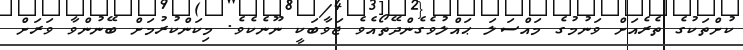
ކުށްތަކުގެ ތެރެއަށް ވަނުމުގެ މައްސަލަ ޙައްލުވެގެންދޭތޯއެވެ ޖަވާބަކީ ނޫނެކެވެ. މިކަންކުރުމަށް ބޭނުންވާ ވަރަށް